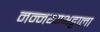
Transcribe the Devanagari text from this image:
नन्नय्यभट्टाला